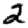
Digit: 2